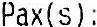
PAX(S):